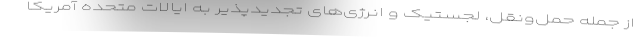
از جمله حمل‌ونقل، لجستیک و انرژی‌های تجدیدپذیر به ایالات متحده آمریکا